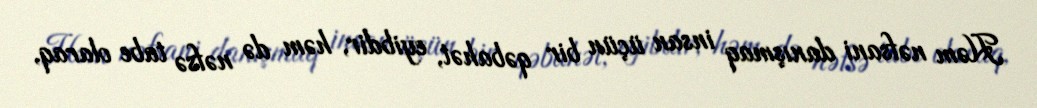
Həm nəfsani danışmaq insan üçün bir qəbahət, eyibdir, həm də nəfsə tabe olaraq,